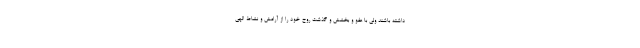
داشته باشند ولی با عفو و بخشش و گذشت روح خود را از آرامش و نشاط الهی